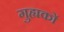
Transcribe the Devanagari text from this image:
गुह्यकों